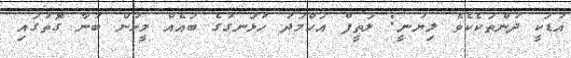
އުޑަކީ ދުންތަކެކެވެ ލިޔުނީ: ލަތީފް އަހްމަދު ހުޅަނގުގެ ބައެއް މީހުން ބުނާ ގޮތުގައި